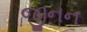
જીનન